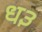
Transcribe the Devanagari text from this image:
ध३